[Report on the health of British troops in the Madras command]
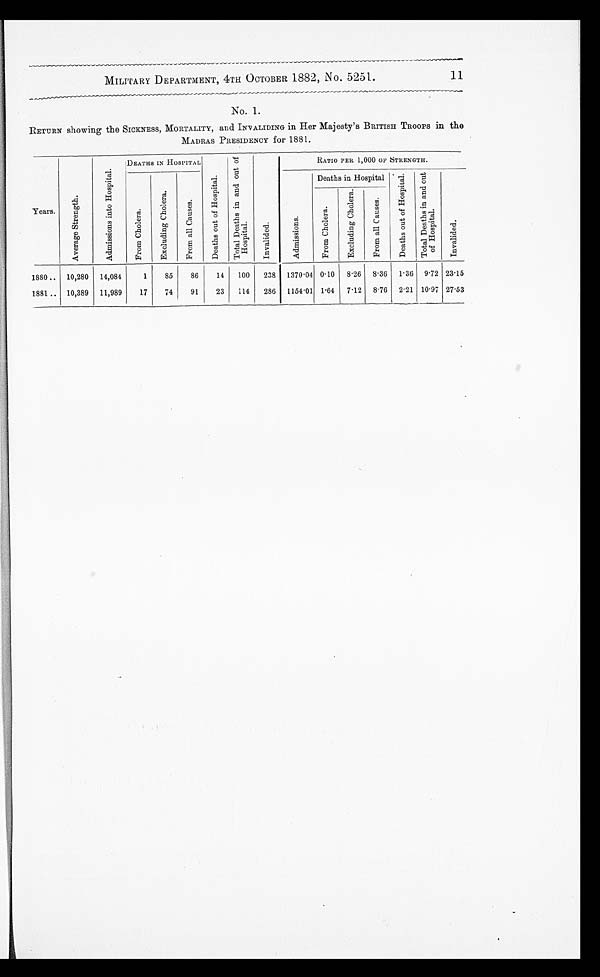
MILITARY DEPARTMENT, 4TH OCTOBER 1882, No. 5251.
11
No. 1.
RETURN showing the SICKNESS, MORTALITY, and INVALIDING in Her Majesty's BRITISH TROOPS in the
MADRAS PRESIDENCY for 1881.
Years.
A v e r a g e S t r e n g t h .
A d m i s s i o n s i n t o H o s p i t a l . DEATHS IN HOSPITAL
D e a t h s o u t o f H o s p i t a l .
T o t a l De a t h s i n a n d o u t o f Ho s p i t a l .
I n v a l i d e d .
RATIO PER 1,000 OF STRENGTH.
F r o m C h o l e r a .
E x c l u d i n g C h o l e r a .
F r o m a l l C a u s e s .
Ad mi s s i o n s .
Deaths in Hospital De a t h s o u t o f Ho s p i t a l .
T o t a l D e a t h s i n a n d o u t o f H o s p i t a l .
I nva l i de d.
F r o m C h o l e r a .
E x c l u d i n g C h o l e r a .
F r o m a l l C a u s e s .
1880.. 10,280 14,084
1
85
86
14 100 238 1370.04 0.10 8.26 8.36 1.36 9.72 23.15
1881 .. 10,389 11,989
17
74
91
23 114 286 1154.01 1.64 7.12 8.76 2.21 10.97 27.53